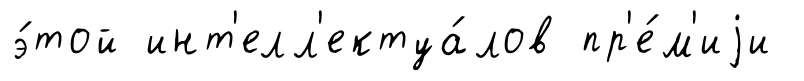
э́той инт'елл'ектуа́лов пр'е́м'иjи